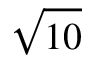
\sqrt { 1 0 }